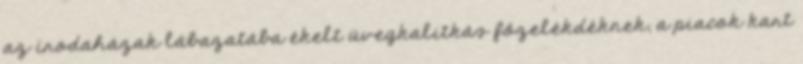
az irodaházak lábazatába ékelt üvegkalitkás főzelékdéknek, a piacok kart